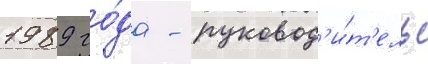
1989 го́да - руковод'и́т'ель